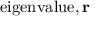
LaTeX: { \mathrm { e i g e n v a l u e } } , \mathbf { r }